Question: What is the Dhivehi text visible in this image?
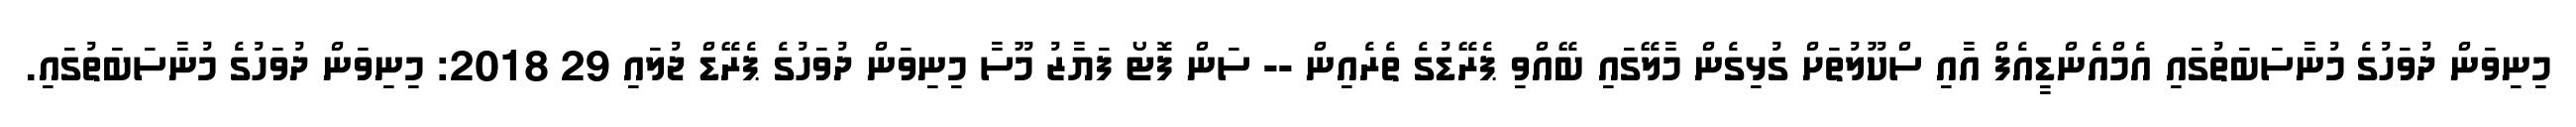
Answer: މިނިވަން ދުވަހުގެ މުނާސަބަތުގައި އެމްއެންޑީއެފް އާއި ސްކޫލުތަށް ގުޅިގެން މާލޭގައި ބޭއްވި ޕެރޭޑުގެ ތެރެއިން -- ސަން ފޮޓޯ ފަޔާޒު މޫސާ މިނިވަން ދުވަހުގެ ޕެރޭޑް ޖުލައި 29 2018: މިނިވަން ދުވަހުގެ މުނާސަބަތުގައި.